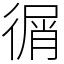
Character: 㣯